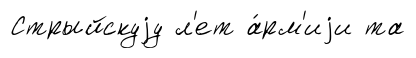
Стрыйскуjу л'ет а́рм'иjи та